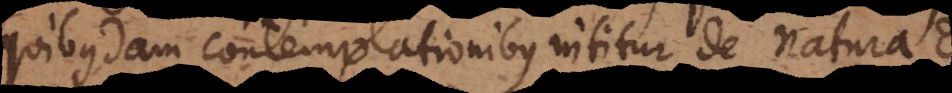
quibusdam contemplationibus nititur de natura De